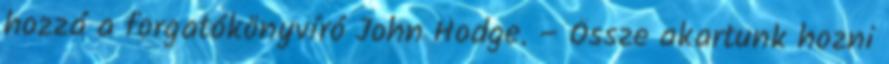
hozzá a forgatókönyvíró John Hodge. – Össze akartunk hozni